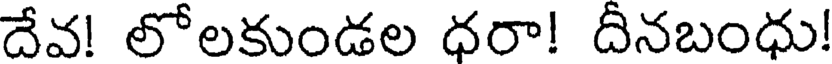
దేవ! లోలకుండల ధరా! దినబంధు!